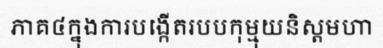
ភាគ៤ក្នុងការបង្កើតរបបកុម្មុយនិស្តមហា